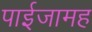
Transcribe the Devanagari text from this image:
पाईजामह